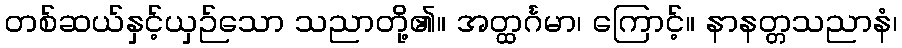
တစ်ဆယ်နှင့်ယှဉ်သော သညာတို့၏။ အတ္ထင်္ဂမာ၊ ကြောင့်။ နာနတ္တသညာနံ၊